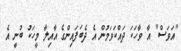
"އަވަސް" އާ ވާހަކަ ދައްކަވަމުން އެ ދެބަފައިންގެ އާއިލާ މީހަކު ބުނީ އެ